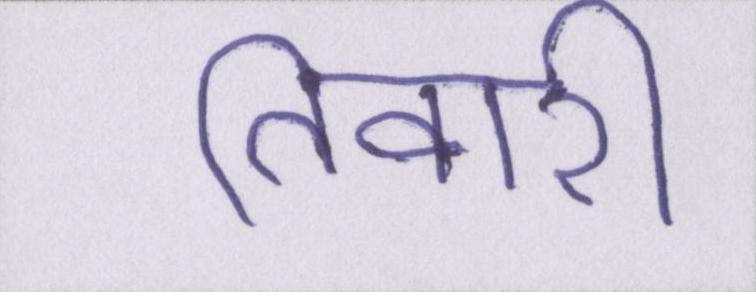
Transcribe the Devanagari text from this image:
तिवारी